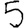
Digit: 5